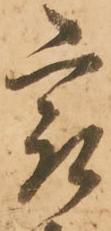
最